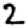
Digit: 2